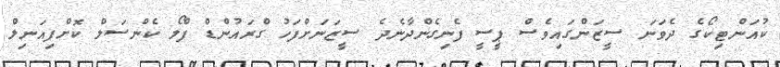
ކުއަންޓިކޯގެ ދެވަނަ ސީޒަންގައިވެސް ޕީސީ ފެނިގެންދާނެދެ ސީޒަނަށްފަހު ގްރައުންޑް ފްލޯ ކެންސަލް ކޮށްފިއަނިލް